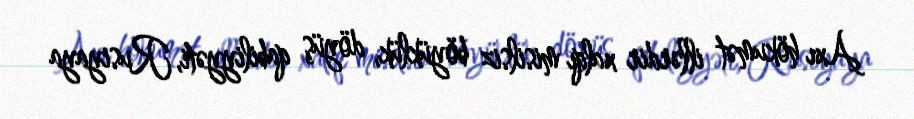
Axı hökumət illərdir xalqı misilsiz böyüklük, döyüş qabiliyyəti, Rusiyaya